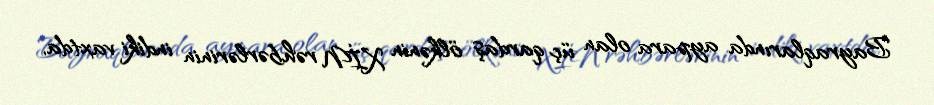
Bayraqlarında aypara olan üç qardaş ölkənin XİN rəhbərlərinin indiki vaxtda,